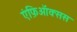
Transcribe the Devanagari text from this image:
एंफ़िऑक्सस